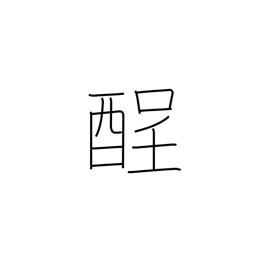
Meaning: hangover